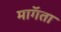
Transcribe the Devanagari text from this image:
माॅगता